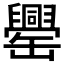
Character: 𦉝